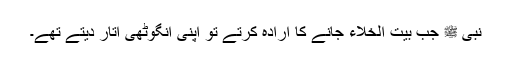
نبی ﷺ جب بیت الخلاء جانے کا ارادہ کرتے تو اپنی انگوٹھی اتار دیتے تھے۔